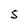
Character: S